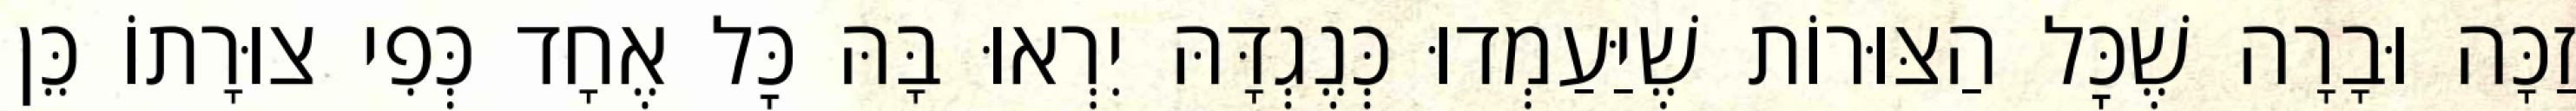
זַכָּה וּבָרָה שֶׁכׇּל הַצּוּרוֹת שֶׁיַּעַמְדוּ כְּנֶגְדָּהּ יִרְאוּ בָּהּ כׇּל אֶחָד כְּפִי צוּרָתוֹ כֵּן